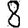
Digit: 8